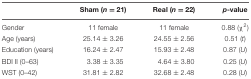
<table><thead><tr><td></td><td><b>Sham (<i>n</i> = 21)</b></td><td><b>Real (<i>n</i> = 22)</b></td><td><b><i>p</i>-value</b></td></tr></thead><tbody><tr><td>Gender</td><td>11 female</td><td>11 female</td><td>0.88 (χ<sup>2</sup>)</td></tr><tr><td>Age (years)</td><td>25.14 ± 3.26</td><td>24.55 ± 2.56</td><td>0.51 (<i>t</i>)</td></tr><tr><td>Education (years)</td><td>16.24 ± 2.47</td><td>15.93 ± 2.48</td><td>0.87 (<i>U</i>)</td></tr><tr><td>BDI II (0–63)</td><td>3.38 ± 3.35</td><td>4.64 ± 3.80</td><td>0.25 (<i>U</i>)</td></tr><tr><td>WST (0–42)</td><td>31.81 ± 2.82</td><td>32.68 ± 2.48</td><td>0.28 (<i>U</i>)</td></tr></tbody></table>